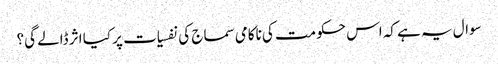
سوال یہ ہے کہ اس حکومت کی ناکامی سماج کی نفسیات پر کیا اثر ڈالے گی؟